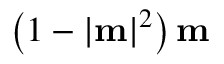
\left( 1 - | \mathbf { m } | ^ { 2 } \right) \mathbf { m }